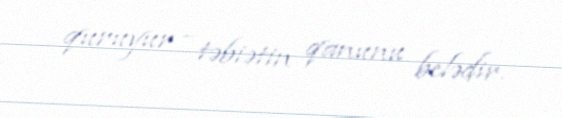
quruyur - təbiətin qanunu belədir.